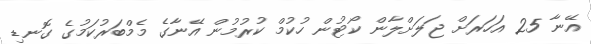
އޭނާ 25 އަހަރަށް ޖަލަށްލާން ކޯޓުން ހުކުމް ކުރުމުން އޭނާގެ މެމްބަރުކަމުގެ ގޮނޑި